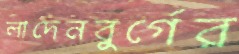
লাদেনবুর্গের